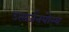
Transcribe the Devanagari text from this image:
उत्सर्जनयोग्य